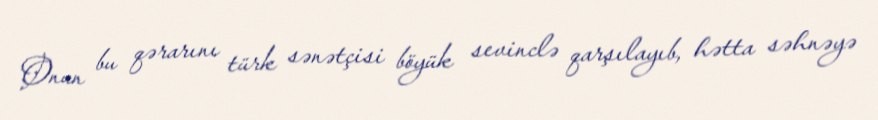
Onun bu qərarını türk sənətçisi böyük sevinclə qarşılayıb, hətta səhnəyə